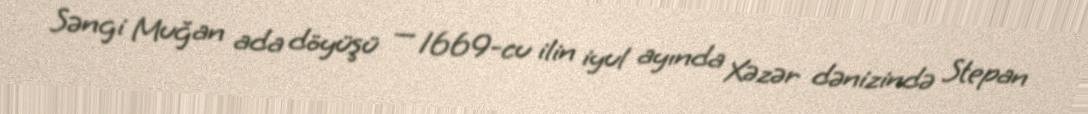
Səngi Muğan ada döyüşü — 1669-cu ilin iyul ayında Xəzər dənizində Stepan